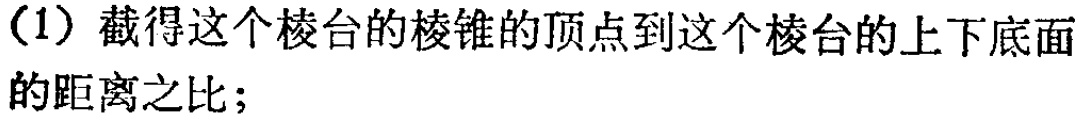
（1）截得这个棱台的棱锥的顶点到这个棱台的上下底面的距离之比；